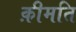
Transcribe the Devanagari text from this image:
क़ीमति